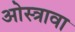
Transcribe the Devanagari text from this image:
ओस्त्रावा